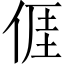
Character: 𠊎